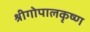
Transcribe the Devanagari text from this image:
श्रीगोपालकृष्ण